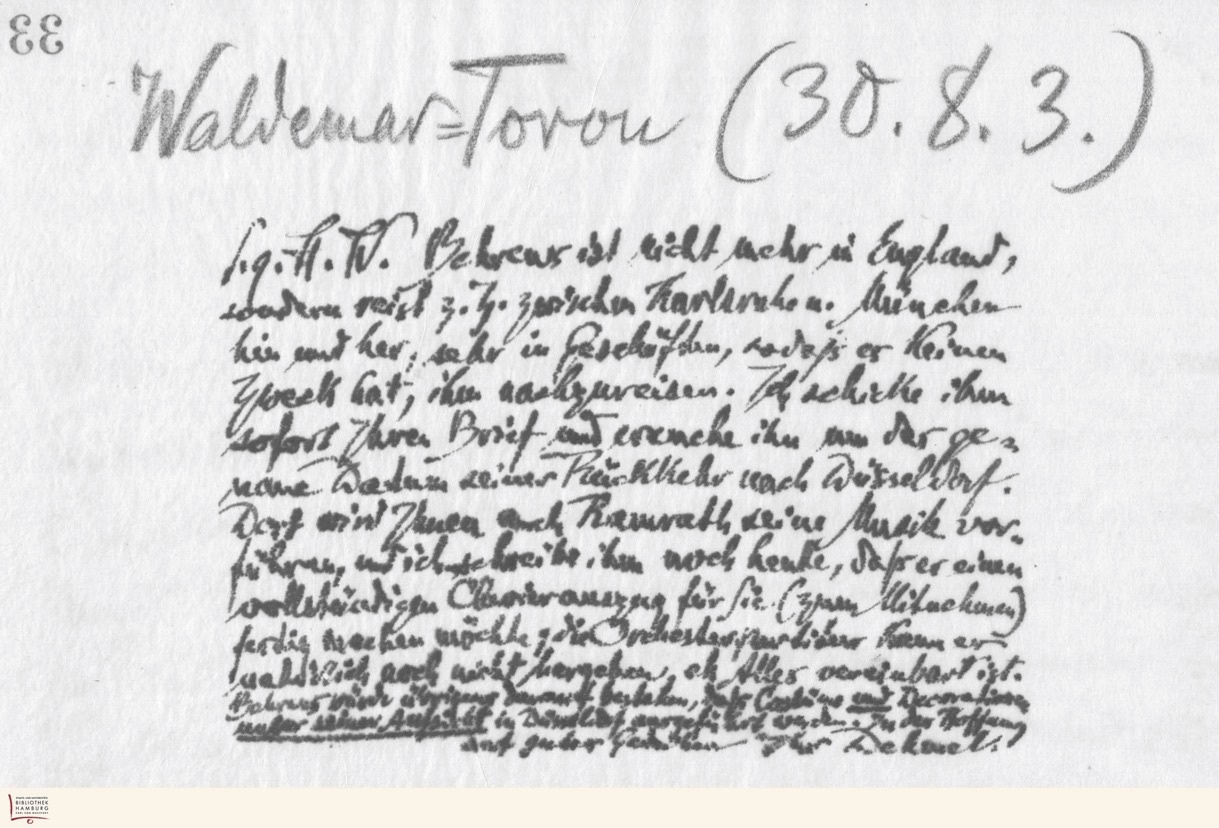
33

Waldemar Toron (30.8.3.)
S.g.H.W. Behrens ist nicht mehr in England,
sondern reist z.Z. zwischen Karlsruhe u. München
hin und her, sehr in Geschäften, sodaß es keinen
Zweck hat, ihm nachzureisen. Ich schicke ihm
sofort Ihren Brief und  ihn um das ge-
naue Datum seiner Rückkehr nach Düsseldorf.
Dort wird Ihnen auch Ramrath seine Musik vor-
führen, und ich schreibe ihm noch heute, daß er einen
vollständigen Chorkranz für Sie (zum Mitnehmen)
fertig machen möchte; die Orchesterspur  kann er
nahtürlich noch nicht hergeben, eh Alles vereinbart ist.
Behrens würde übrigens darauf bestehen, daß Costüme und Decorationen
  seiner   in Düsseldorf vorgeführt werden. In der Hoffnung
auf gutes  - Ihr Dehmel.